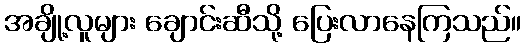
အချို့လူများ ချောင်းဆီသို့ ပြေးလာနေကြသည်။